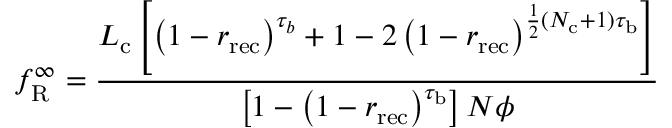
f _ { \mathrm { R } } ^ { \infty } = \frac { L _ { \mathrm { c } } \left[ \left( 1 - r _ { \mathrm { r e c } } \right) ^ { \tau _ { b } } + 1 - 2 \left( 1 - r _ { \mathrm { r e c } } \right) ^ { \frac { 1 } { 2 } ( N _ { \mathrm { c } } + 1 ) \tau _ { \mathrm { b } } } \right] } { \left[ 1 - \left( 1 - r _ { \mathrm { r e c } } \right) ^ { \tau _ { \mathrm { b } } } \right] N \phi }